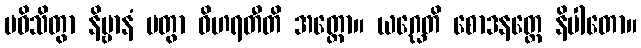
ပဝိသိတွာ နိဗ္ဗာနံ ပတွာ ဝိဟရတီတိ အတ္ထော။ ယဂ္ဃေတိ စောဒနတ္ထေ နိပါတော။